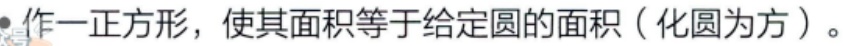
作一正方形，使其面积等于给定圆的面积（化圆为方）。